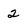
Character: 2